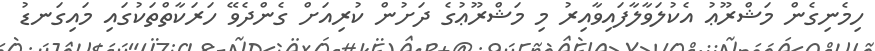
ހިމެނިގެން މަޝްރޫޢު އެކުލަވާލާފައިވާއިރު މި މަޝްރޫޢުގެ ދަށުން ކުރިއަށް ގެންދެވޭ ހަރަކާތްތަކުގައި މައިގަނޑު